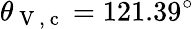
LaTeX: \theta_{\mathrm{~V~,~c~}}=121.39^{\circ}